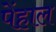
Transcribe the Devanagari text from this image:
पेंहाल